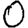
Digit: 0